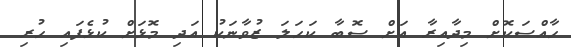
ހާއްސަކޮށް މިދާއިރާ އަށް ސޮބާ ކަހަލަ ޒުވާނަކު އަދި މޮޅަށް ކުޅެފައި ހުރި